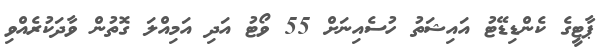
ޕާޓީގެ ކެންޑިޑޭޓު އައިޝަތު ހުސެއިނަށް 55 ވޯޓު އަދި އަމިއްލަ ގޮތުން ވާދަކުރެއްވި